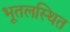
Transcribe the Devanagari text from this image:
भूतलस्थित